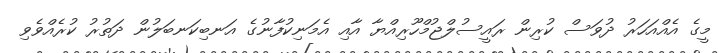
މީގެ އެއްއަހަރު ދުވަސް ކުރިން ރައީސުލްޖުމްހޫރިއްޔާ އާއި އެމަނިކުފާނުގެ އަނބިކަނބަލުން ދަތުރު ކުރެއްވެވި